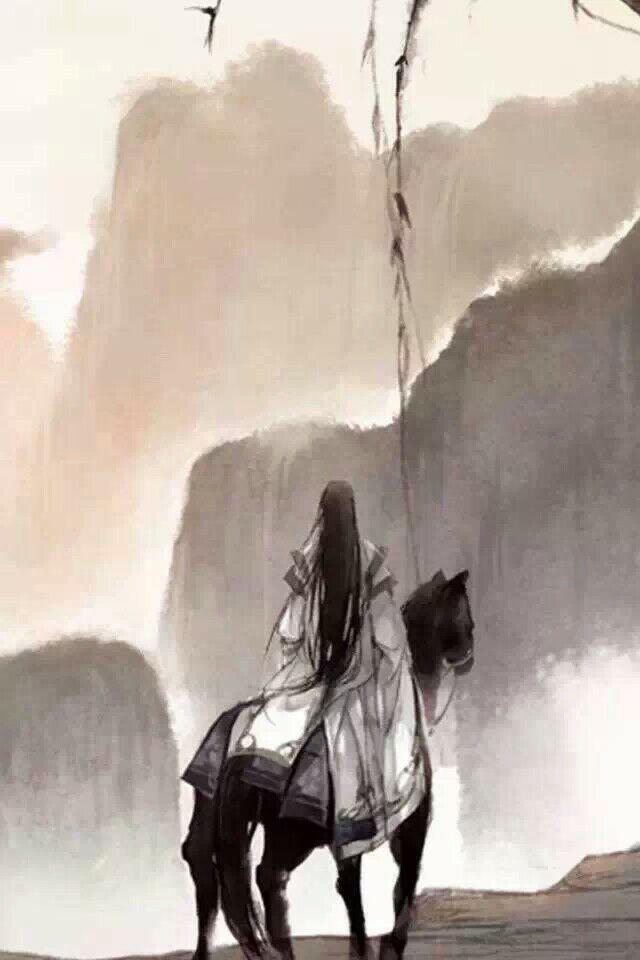
愁肠已断无由醉，酒未到，先成泪。